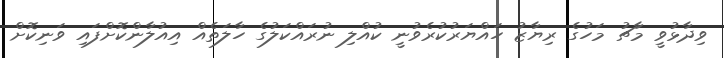
ވިދާޅުވީ މާޗު މަހުގެ ރިޔާޒު ހައްޔަރުކުރެވުނީ ކުއްލި ނުރައްކަލުގެ ހާލަތެއް އިއުލާންކޮށްފައި ވަނިކޮށް